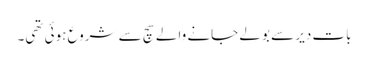
بات دیر سے بولے جانے والے سچ سے شروع ہوئی تھی۔